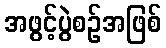
အဖွင့်ပွဲစဉ်အဖြစ်